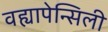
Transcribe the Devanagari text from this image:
वह्यापेन्सिली